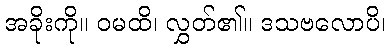
အခိုးကို။ ဝမထိ၊ လွှတ်၏။ ဒသဗလောပိ၊